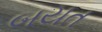
બયત